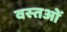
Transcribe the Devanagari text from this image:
वस्‍तओं